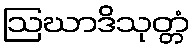
ဩဃာဒိသုတ္တံ